Report on the Civil Veterinary Department, Eastern Bengal and Assam - 1907-1911
Year: 1907
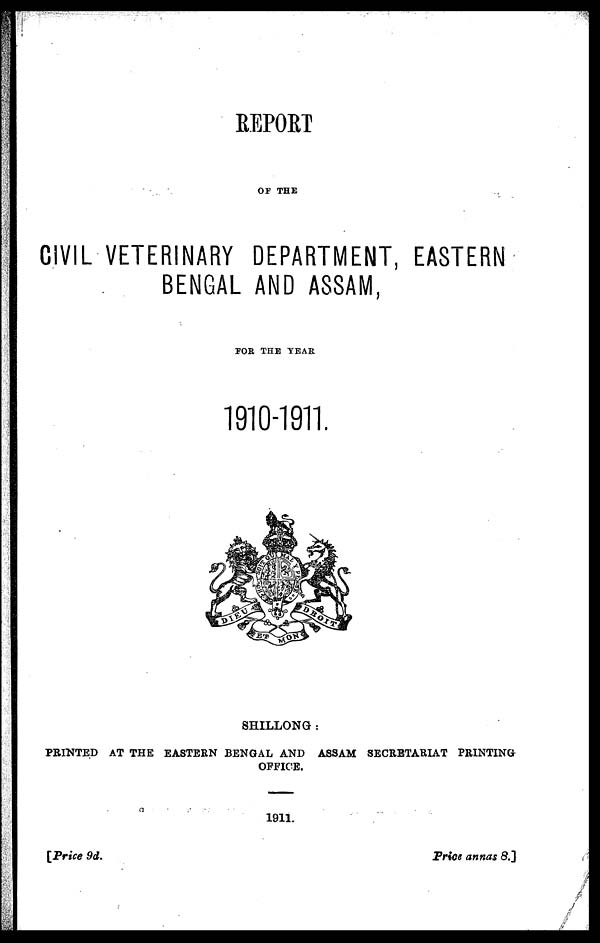
REPORT
OF THE
CIVIL VETERINARY DEPARTMENT, EASTERN
BENGAL AND ASSAM,
FOB, THE TEAR
1910-1911.
SHILLONG:
PRINTED AT THE EASTERN BENGAL AND ASSAM SECRETARIAT PRINTING
OFFICE.
1911.
[Price 9d.
Price
annas 8.]